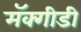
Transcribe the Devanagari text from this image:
मॅक्गीडी